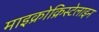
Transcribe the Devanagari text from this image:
माइक्रोक्रिस्टेलाइन